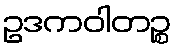
ဥဒကဝါတဉ္စ